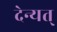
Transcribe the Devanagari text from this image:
देन्यत्